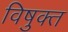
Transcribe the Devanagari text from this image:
विषुक्त